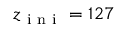
z _ { \mathrm { ~ i ~ n ~ i ~ } } = 1 2 7